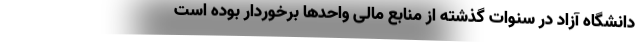
دانشگاه آزاد در سنوات گذشته از منابع مالی واحدها برخوردار بوده است